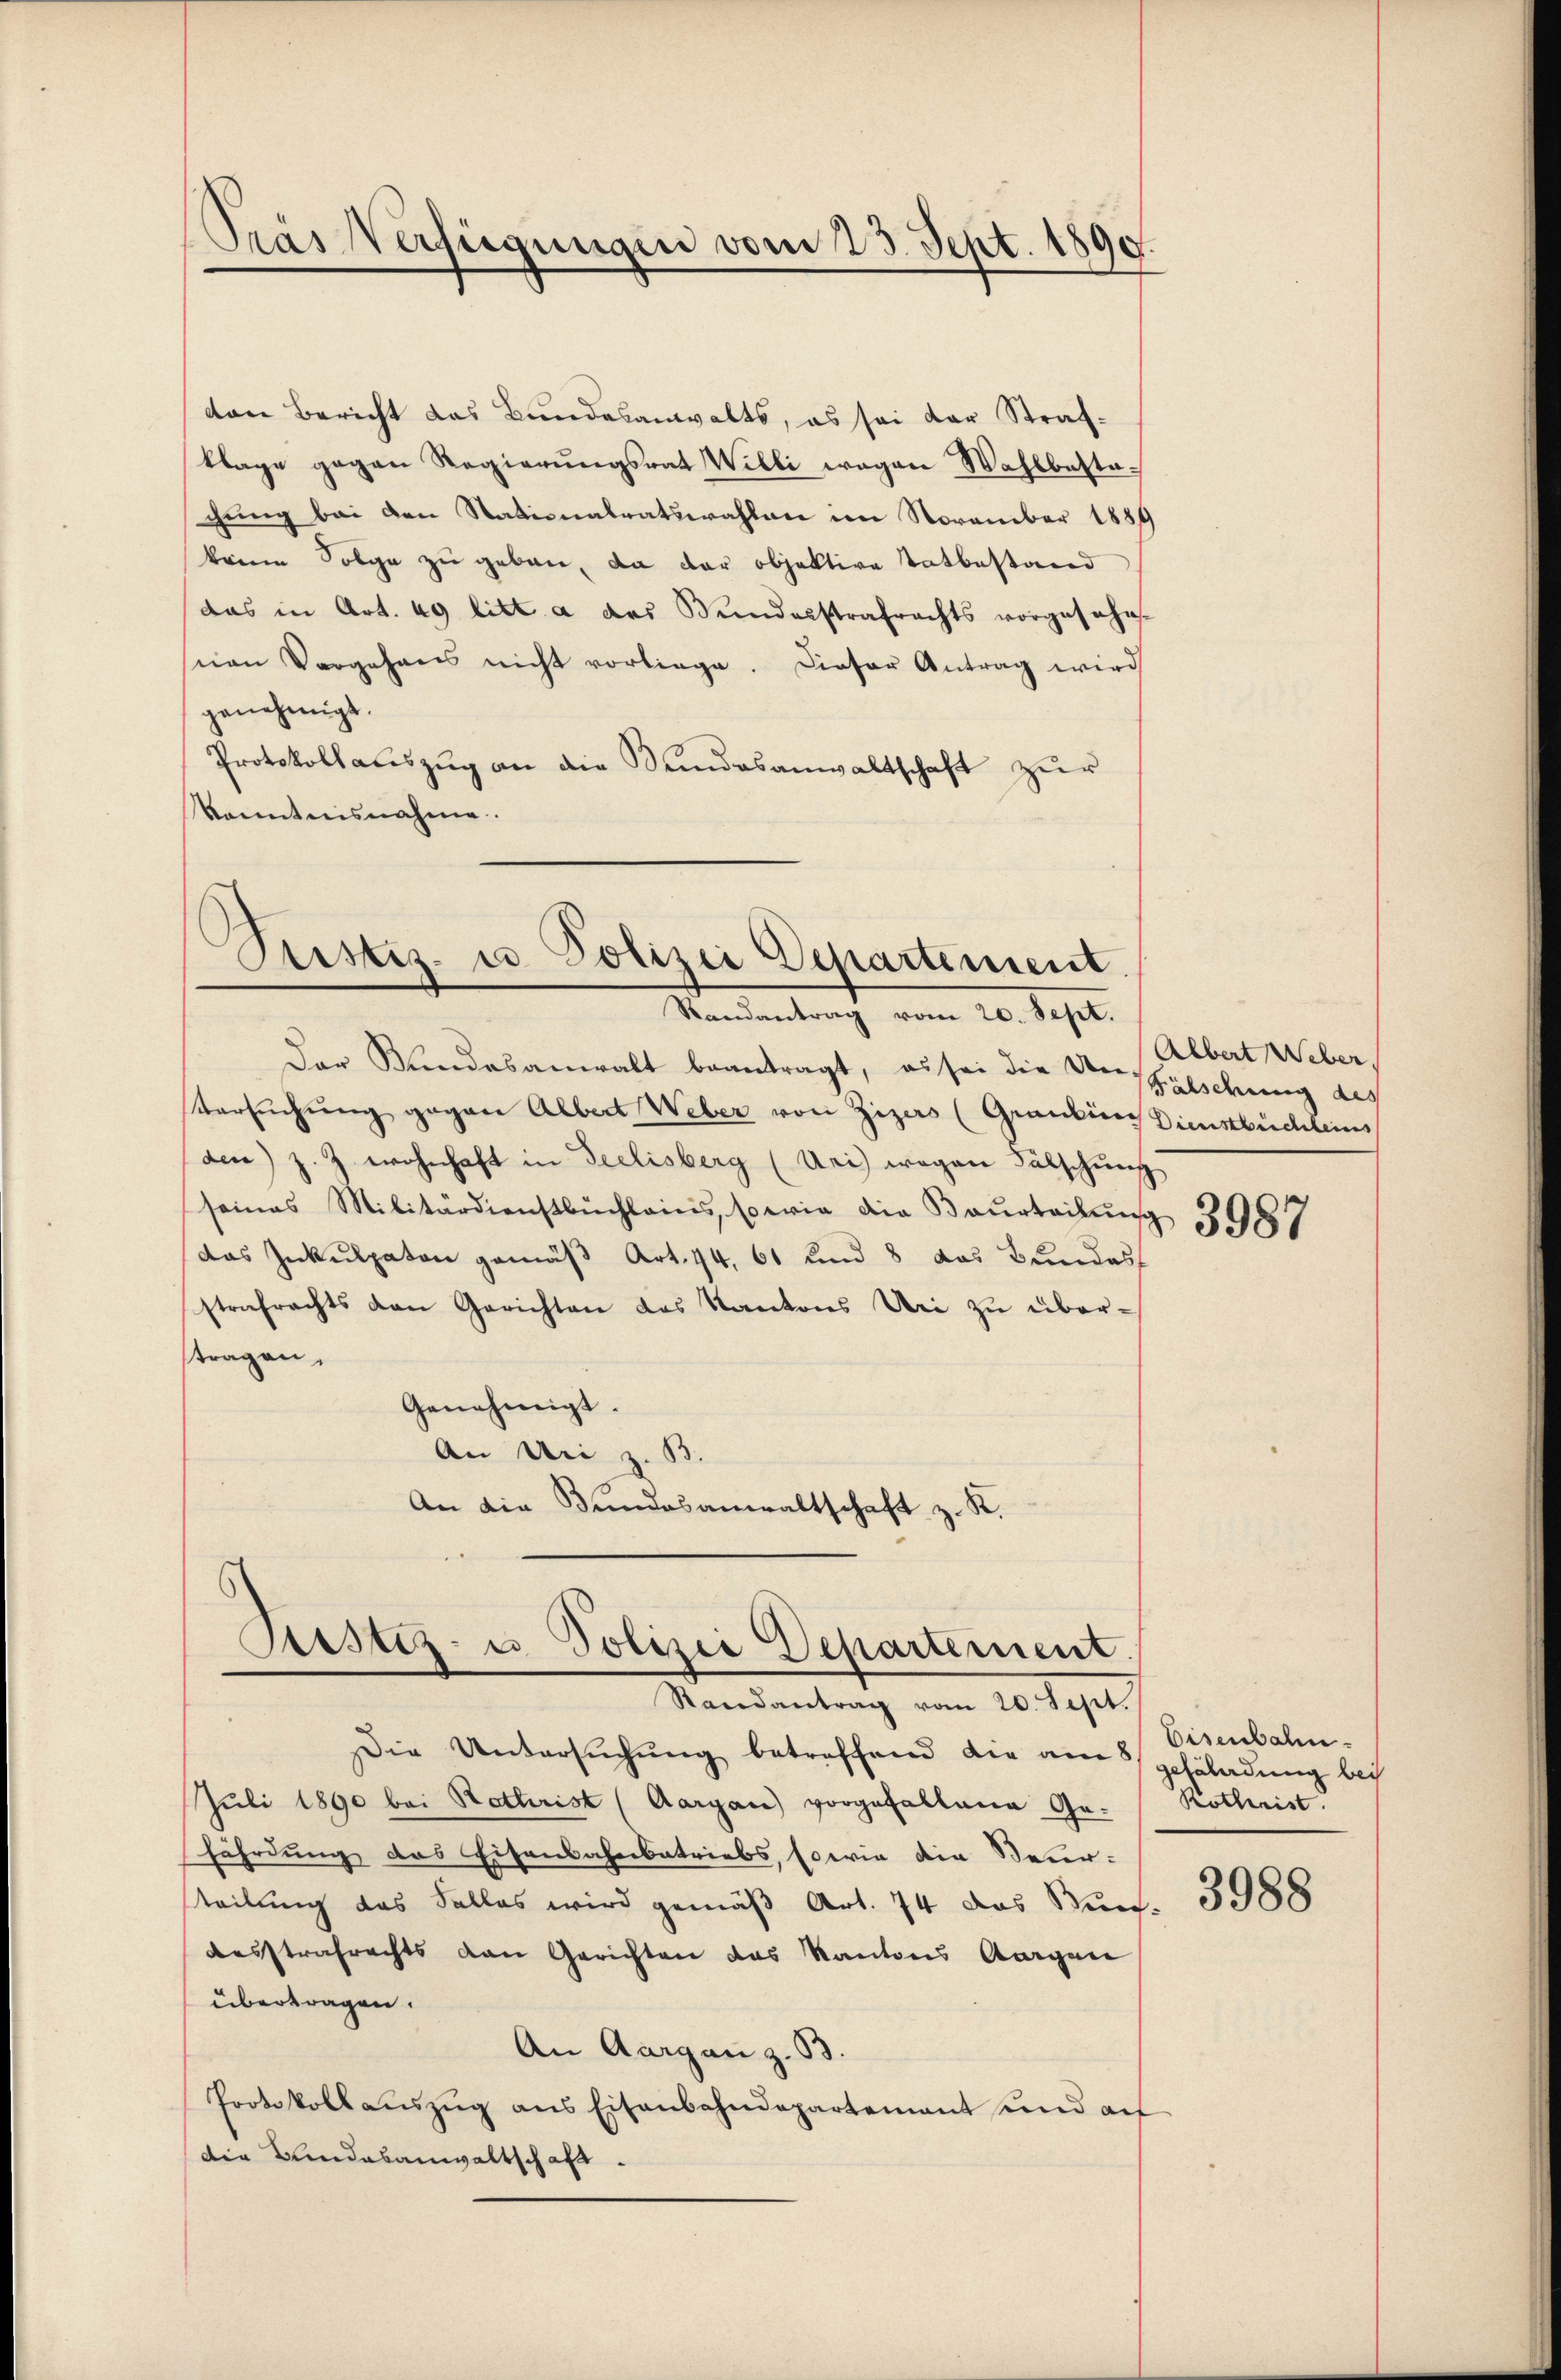
Pras Verfügungen vom 23. Sept. 1890.

ton Bericht das Bundesanwalts, es sei der Strafklage gegen Regierŭngsrat Willi wegen Wahlbesta-
chung bei den Stationalratswahlen im November 1889
keien Folge zu geben, da der objektive Tatbestand
(das in Art. 49 litt a das Bundesstrafrachts vorgesehns-
nen Vorgehens nicht vorliege. Dieser Antrag wird
genehmigt.
Protokollauszug an die Sandesanwaltschaft zur
kanntnisnahme.

Siestes- u Polizei Departement.
Randantrag vom 20. Sept.

Der Bundesanwalt beantragt, es sei die Verfälschung des
Versuchung gegen Albert Weber von Zizers (Graubes Dienstbüchleins
den) z. Z. wohnhaft in Seelisberg (Uri) wegen Fälschung
seines Militärdienstbüchleins, sowie die Beurteilŭng 3989
das Inkulpaten gemäß Art. 44, 61 und 8 das Bundes
strafrechts den Gerichten das Kantons Uri zu übertragen,
Genehmigt.
An Uri z. B.
An die Bundesanwaltschaft z. K.

Justiz- u. Polizei Departement.

Randantrag vom 20. Sept.

Albert Weber,

Die Untersuchung betreffend die am geföladung bei
Juli 1890 bei Rathrist (Aargau vorgefallene Ge- Rothrist.
fährdung das Eisenbahnbetriebs, sowie die Beur-
steilung das Salles wird gemäß Art. 74 das Stun-
Aesstrafrechts den Gerichten das Kantons Aargau
übertragen.
An Aargau z. 33.
Protokollaŭszŭg ans Eisenbahndepartement und auf
die Landasanwaltschaft.

Eisenbahn.

3988